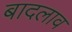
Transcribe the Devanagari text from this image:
बादलाव